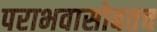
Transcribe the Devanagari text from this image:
पराभवासोबतच